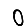
Digit: 0